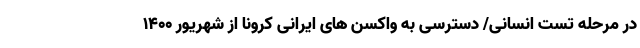
در مرحله تست انسانی/ دسترسی به واکسن ‌های ایرانی کرونا از شهریور ۱۴۰۰